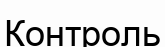
Контроль